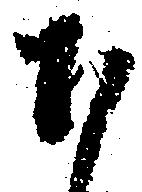
下